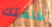
كلمتك